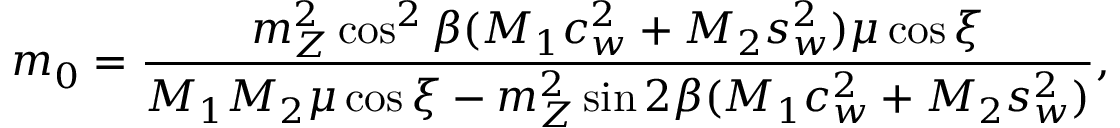
m _ { 0 } = { \frac { m _ { Z } ^ { 2 } \cos ^ { 2 } \beta ( M _ { 1 } c _ { w } ^ { 2 } + M _ { 2 } s _ { w } ^ { 2 } ) \mu \cos \xi } { M _ { 1 } M _ { 2 } \mu \cos \xi - m _ { Z } ^ { 2 } \sin { 2 \beta } ( M _ { 1 } c _ { w } ^ { 2 } + M _ { 2 } s _ { w } ^ { 2 } ) } } ,